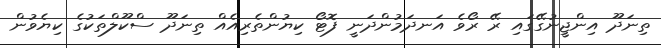
ތިނަދޫ އިންޖީނުގޭގައި ރޭ ރޯވެ އަނދަމުންދަނީ ފޮޓޯ ކިޔުންތެރިއެއް ތިނަދޫ ސްކޫލްތަކުގެ ކިޔެވުން